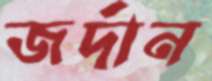
জর্দান